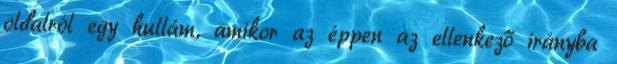
oldalról egy hullám, amikor az éppen az ellenkező irányba